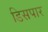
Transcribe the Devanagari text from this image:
डिसपार